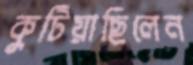
কুটিয়াছিলেন